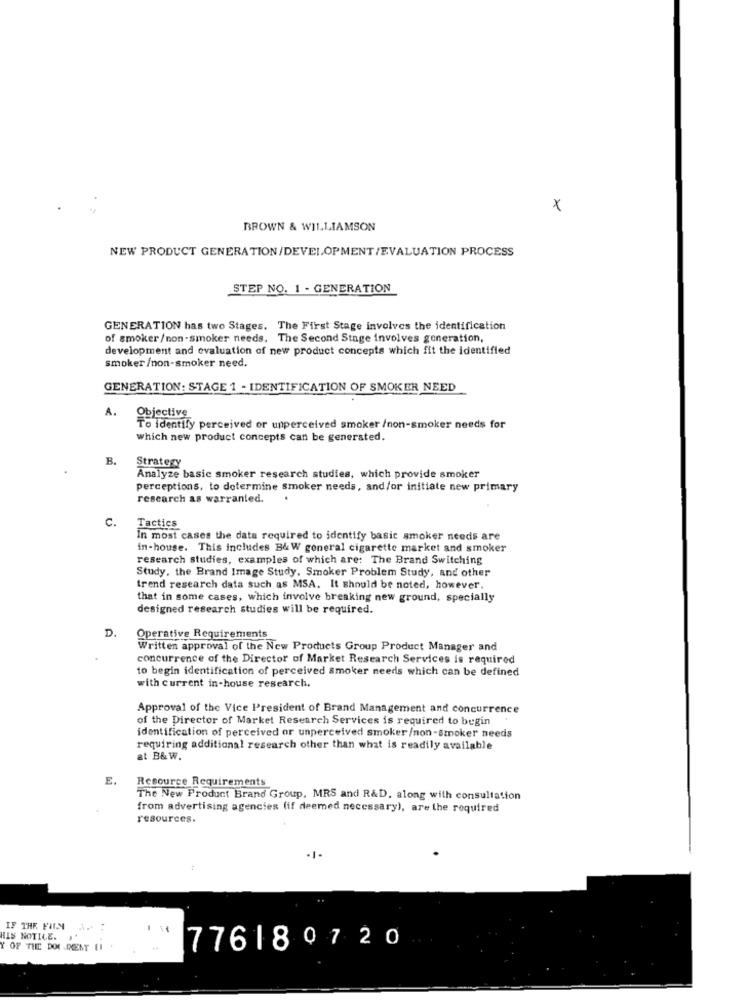
x
BROWN & WILLIAMSON
NEW PRODUCT GENERATION/DEVELOPMENT/EVALUATION PROCESS
STEP NO. 1 - GENERATION
GENERATION has two Stages. The First Stage involves the identification
of smoker/non-smoker needs. The Second Stage involves generation,
development and evaluation of new product concepts which fit the identified
smoker /non-smoker need.
GENERATION: STAGE 1 - IDENTIFICATION OF SMOKER NEED
A.
Objective
To identify perceived or unperceived smoker /non-smoker needs for
which new product concepts can be generated.
B.
Strategy
Analyze basic smoker research studies, which provide smoker
perceptions, to determine smoker needs, and/or initiate new primary
research as warranted.
C.
Tactics
In most cases the data required to identify basic smoker needs are
in-house. This includes B& W general cigarette market and smoker
research studies, examples of which are: The Brand Switching
Study, the Brand Image Study. Smoker Problem Study, and other
trend research data such as MSA. It should be noted, however.
that in some cases, which involve breaking new ground, specially
designed research studies will be required.
D.
Operative Requirements
Written approval of the New Products Group Product Manager and
concurrence of the Director of Market Research Services is required
to begin identification of perceived smoker needs which can be defined
with current in-house research.
Approval of the Vice President of Brand Management and concurrence
of the Director of Market Research Services is required to begin
identification of perceived or unperceived smoker/non-smoker needs
requiring additional research other than what is readily available
at B& W.
E.
Resource Requirements
The New Product Brand Group, MRS and R&D. along with consultation
from advertising agencies (if deemed necessary), are the required
resources.
IF THE FILM
HIS NOTICE.
Y OF THE DOC DENT EI
776180720